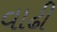
વાઢી